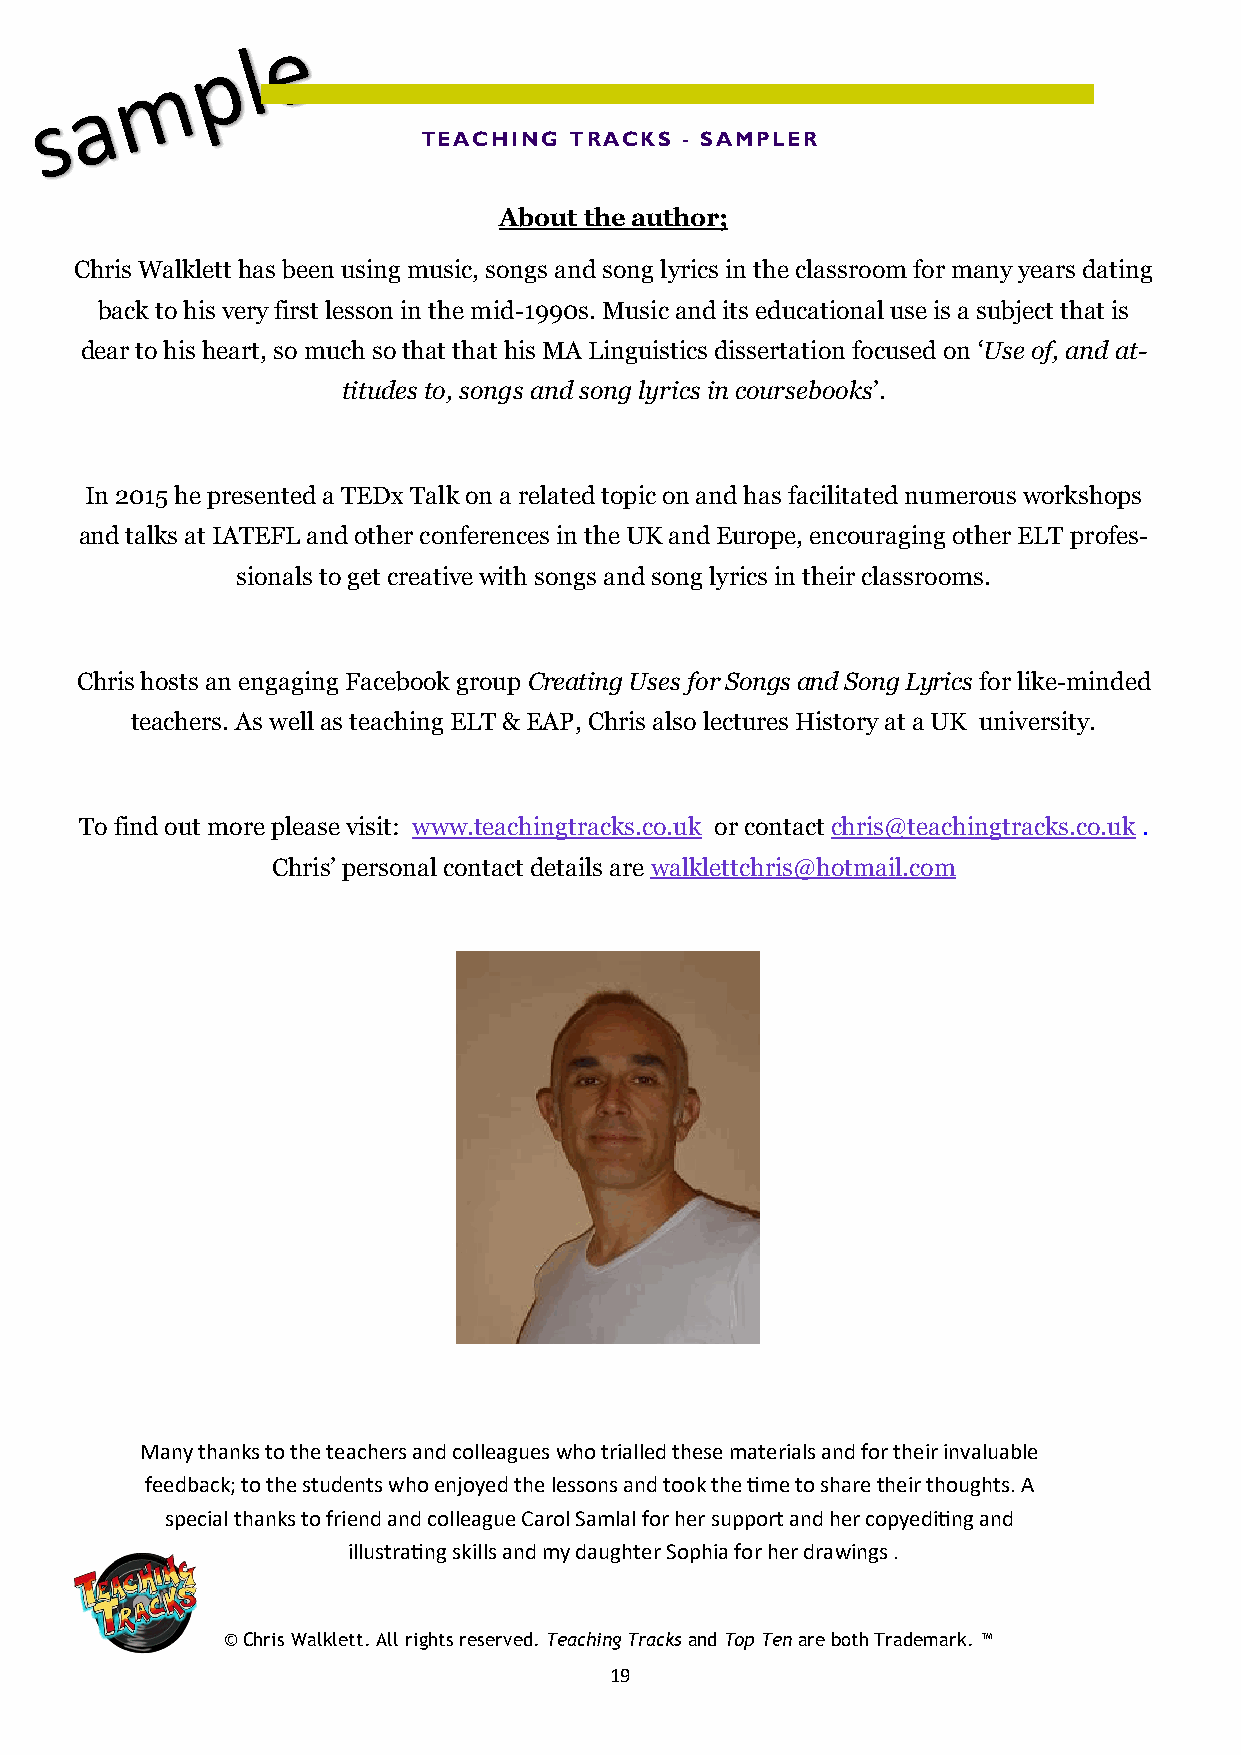
TEACHING  TRACKS - SAMPLER
 About the author;
 Chris Walklett has been using music, songs and song lyrics in the classroom for many years dating
 back to his very first lesson in the mid-1990s. Music and its educational use is a subject that is
 dear to his heart, so much so that that his MA Linguistics dissertation focused on ‘Use of, and at-
 titudes to, songs and song lyrics in coursebooks’.
 In 2015 he presented a TEDx Talk on a related topic on and has facilitated numerous workshops
 and talks at IATEFL and other conferences in the UK and Europe, encouraging other ELT profes-
 sionals to get creative with songs and song lyrics in their classrooms.
 Chris hosts an engaging Facebook group Creating Uses for Songs and Song Lyrics for like-minded
 teachers. As well as teaching ELT & EAP, Chris also lectures History at a UK university.
 To find out more please visit: www.teachingtracks.co.uk or contact chris@teachingtracks.co.uk .
 Chris’ personal contact details are walklettchris@hotmail.com
 Many thanks to the teachers and colleagues who trialled these materials and for their invaluable
 feedback; to the students who enjoyed the lessons and took the time to share their thoughts. A
 special thanks to friend and colleague Carol Samlal for her support and her copyediting and
 illustrating skills and my daughter Sophia for her drawings .
 © Chris Walklett. All rights reserved. Teaching Tracks and Top Ten are both Trademark. ™
 19